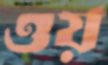
ওয়